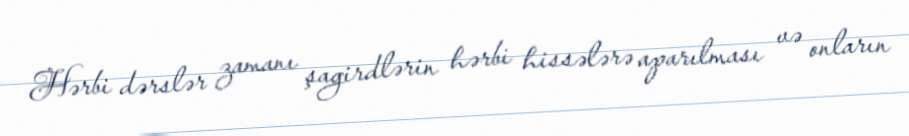
Hərbi dərslər zamanı şagirdlərin hərbi hissələrə aparılması və onların